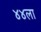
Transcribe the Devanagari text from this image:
४४ला